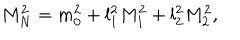
M _ { N } ^ { 2 } = m _ { 0 } ^ { 2 } + l _ { 1 } ^ { 2 } M _ { 1 } ^ { 2 } + l _ { 2 } ^ { 2 } M _ { 2 } ^ { 2 } ,